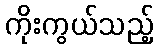
ကိုးကွယ်သည့်